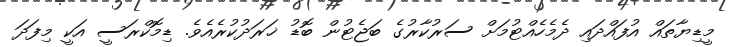
މީޑިޔާތައް އުފައްދައި ދެމެހެއްޓުމަށް ސަރުކާރުގެ ބަޖެޓުން ބޮޑު ޚަރަދުކުރެއެވެ. ޑިމޮކްރަސީ އަކީ މިފަދަ